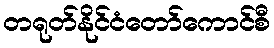
တရုတ်နိုင်ငံတော်ကောင်စီ